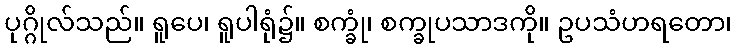
ပုဂ္ဂိုလ်သည်။ ရူပေ၊ ရူပါရုံ၌။ စက္ခုံ၊ စက္ခုပသာဒကို။ ဥပသံဟရတော၊